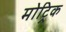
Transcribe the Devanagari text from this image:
मोट्रिक